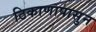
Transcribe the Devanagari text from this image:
ठिकाणापासुन